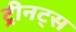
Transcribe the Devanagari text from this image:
ट्रीनट्स